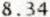
8.34